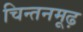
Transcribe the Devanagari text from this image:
चिन्तनमूढ़